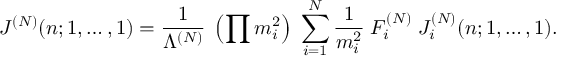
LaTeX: J ^ { ( N ) } ( n ; 1 , \ldots , 1 ) = \frac { 1 } { \Lambda ^ { ( N ) } } \; \left( \prod m _ { i } ^ { 2 } \right) \; \sum _ { i = 1 } ^ { N } \frac { 1 } { m _ { i } ^ { 2 } } \; F _ { i } ^ { ( N ) } \; J _ { i } ^ { ( N ) } ( n ; 1 , \ldots , 1 ) .